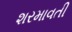
શરમાવતી